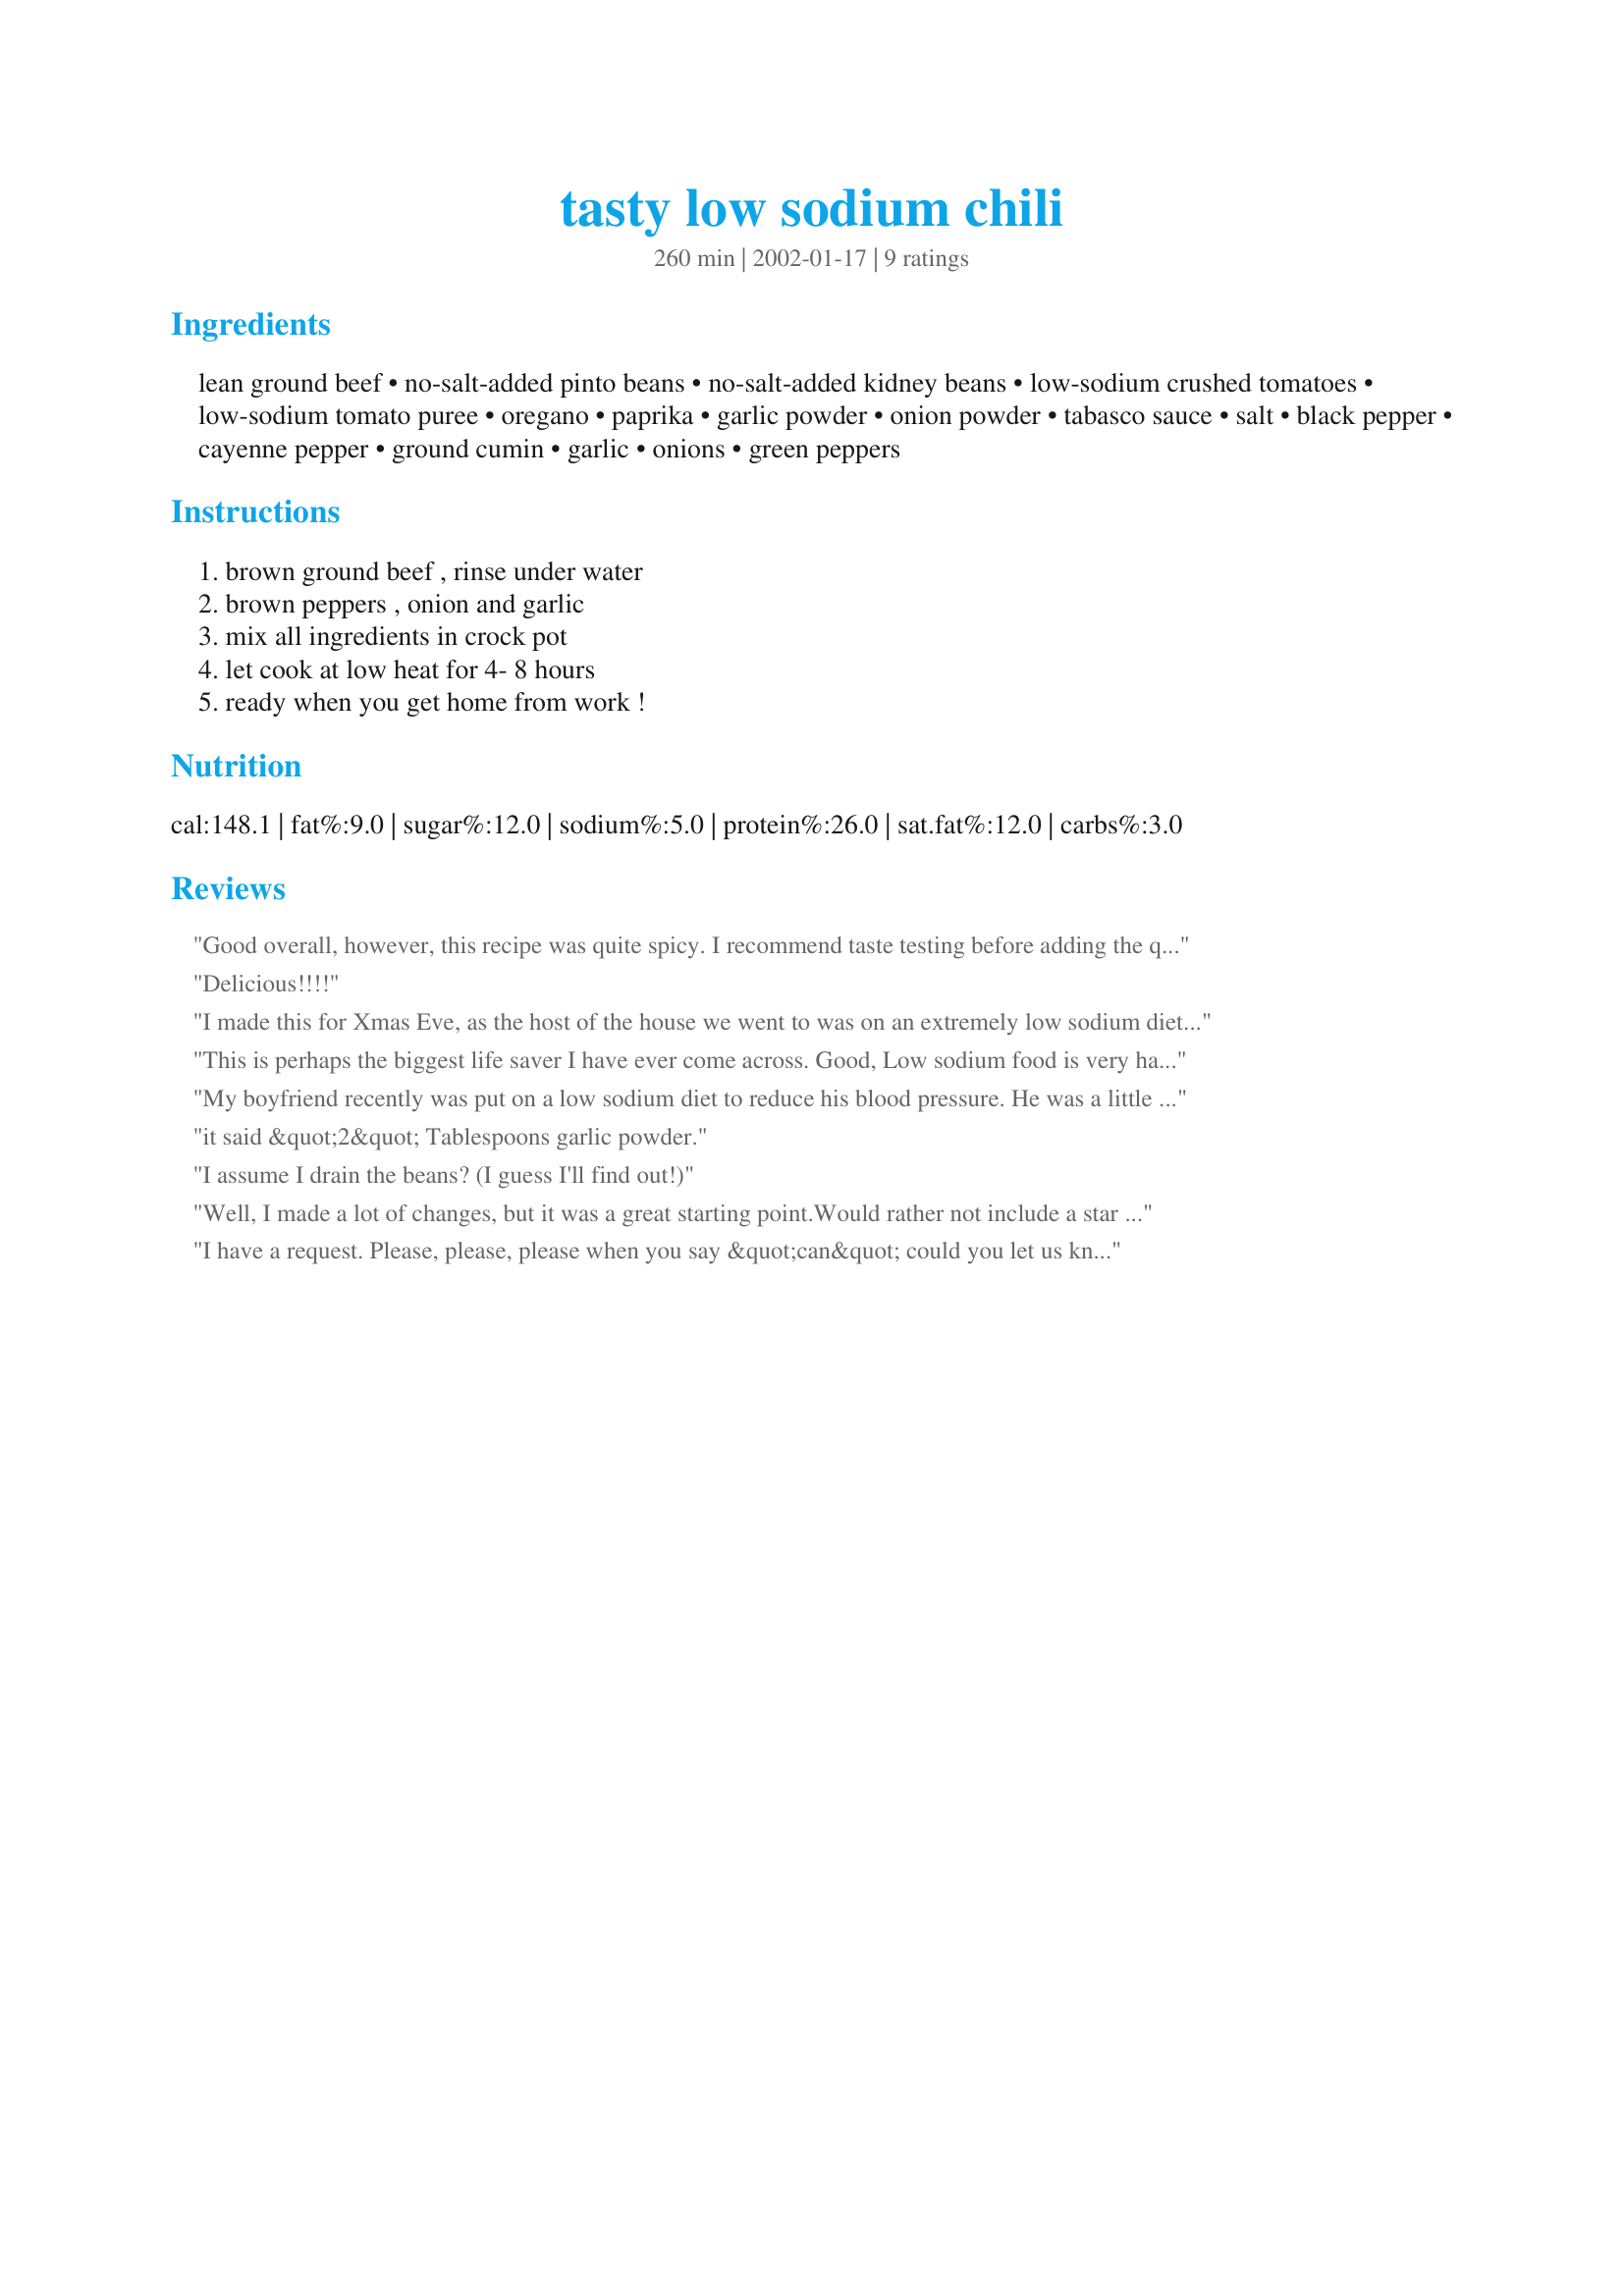
tasty low sodium chili
Preparation time: 260 minutes

Ingredients:
lean ground beef, no-salt-added pinto beans, no-salt-added kidney beans, low-sodium crushed tomatoes, low-sodium tomato puree, oregano, paprika, garlic powder, onion powder, tabasco sauce, salt, black pepper, cayenne pepper, ground cumin, garlic, onions, green peppers

Steps:
brown ground beef , rinse under water, brown peppers , onion and garlic, mix all ingredients in crock pot, let cook at low heat for 4- 8 hours, ready when you get home from work !

Reviews:
Good overall, however, this recipe was quite spicy. I recommend taste testing before adding the quantity of paprika, cayenne and Tobasco. Also, to me, I didn't enjoy the taste of cumin.
Delicious!!!!
I made this for Xmas Eve, as the host of the house we went to was on an extremely low sodium diet. I was really pretty worried about how it would come out, considering the amount of salt that is normally found in tomato paste and beans. I used only no salt tomato products and cooked my own dried beans. I brought a salt shaker along for those who needed it. It came out far better than I expected, and this will be my base recipe from now on. Not nearly as bland as one might expect. But 3 Tablespoons of garlic powder? My wife would kill me for putting that much garlic in anything.
This is perhaps the biggest life saver I have ever come across. Good, Low sodium food is very hard to come by. This recipie takes the cake! Be sure to stick to the measurements, as adding too much gives the chilli a rather large kick. If you stick to the recipie though it should come out sweet, with just a bit of a nip to it. Thank you nesta! :)
My boyfriend recently was put on a low sodium diet to reduce his blood pressure. He was a little worried that he wouldn't be able to have chili anymore because it is his favorite food. He absolutely loves this recipe and we eat it almost every week.
it said &quot;2&quot; Tablespoons garlic powder.
I assume I drain the beans? (I guess I'll find out!)
Well, I made a lot of changes, but it was a great starting point.Would rather not include a star rating, but have no choice.<br/>Used ground turkey instead of beef, black beans instead of pinto, tomato sauce instead of puree, a whole lot of sauteed chopped garlic as well as garlic powder, habanero sauce instead of tabasco, less paprika and cumin, and added ground habanero to the cayenne. Certainly did not add the salt! Fiery good.<br/>Next time, will avoid the cans and use actual beans.
I have a request. Please, please, please when you say &quot;can&quot; could you let us know the size of the can. Do this especially with tomato products. There are many size cans of tomatoes! Thank you.
